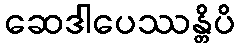
ဆေဒါပေဿန္တိပိ